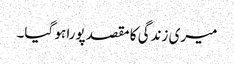
میری زندگی کا مقصد پورا ہو گیا۔